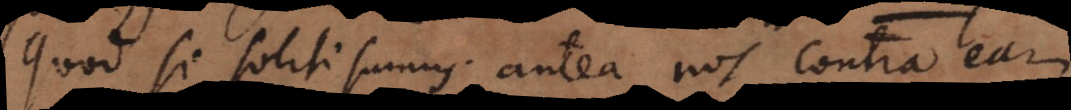
Quod si soliti sumus antea nos contra eam